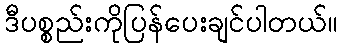
ဒီပစ္စည်းကိုပြန်ပေးချင်ပါတယ်။